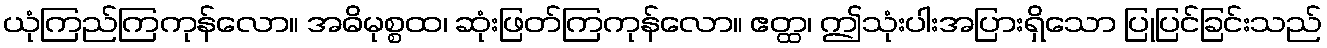
ယုံကြည်ကြကုန်လော။ အဓိမုစ္စထ၊ ဆုံးဖြတ်ကြကုန်လော။ ဧတ္ထ၊ ဤသုံးပါးအပြားရှိသော ပြုပြင်ခြင်းသည်